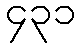
၄၃၁